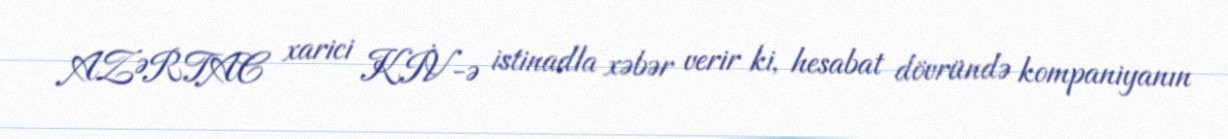
AZƏRTAC xarici KİV-ə istinadla xəbər verir ki, hesabat dövründə kompaniyanın